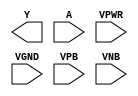
module sky130_fd_sc_ms__clkdlyinv3sd3 (
    Y   ,
    A   ,
    VPWR,
    VGND,
    VPB ,
    VNB
);

    output Y   ;
    input  A   ;
    input  VPWR;
    input  VGND;
    input  VPB ;
    input  VNB ;
endmodule